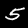
Label: 5